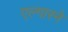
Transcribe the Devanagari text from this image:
एल्गारने